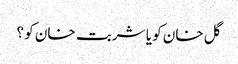
گل خان کو یا شربت خان کو ؟